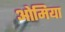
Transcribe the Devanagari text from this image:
ओमिया